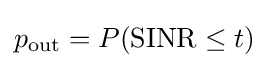
p_{\text{out}}=P({\text{SINR}}\leq t)